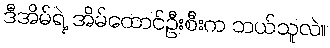
ဒီအိမ်ရဲ့ အိမ်ထောင်ဦးစီးက ဘယ်သူလဲ။